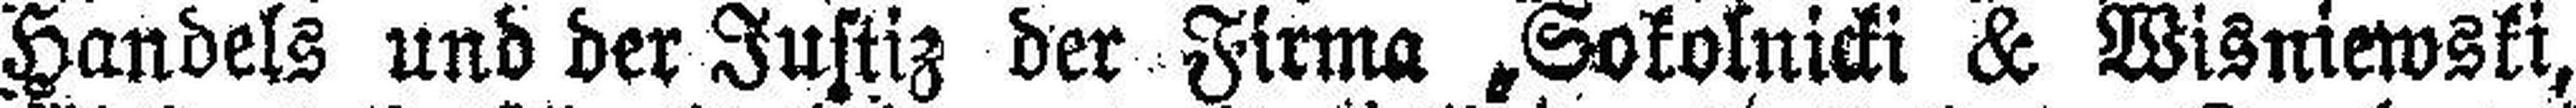
Handels und der Justiz der Firma „Sokolnicki & Wisniewski,